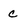
Character: c